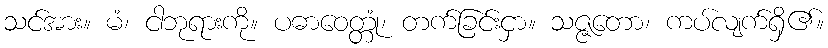
သင်အား။ မံ၊ ငါဘုရားကို။ ပဓာဝေတ္တုံ၊ တက်ခြင်းငှာ။ သဇ္ဇတော၊ ကပ်လျက်ရှိ၏။